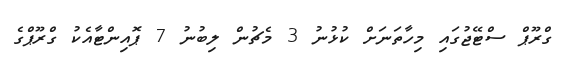
ގްރޫޕް ސްޓޭޖުގައި މިހާތަނަށް ކުޅުނު 3 މެޗުން ލިބުނު 7 ޕޮއިންޓާއެކު ގްރޫޕްގެ